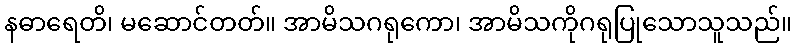
နဓာရေတိ၊ မဆောင်တတ်။ အာမိသဂရုကော၊ အာမိသကိုဂရုပြုသောသူသည်။